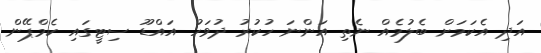
އަދި އެކަމަށް ބެލުމެއް ނެތި އަންނަ ހުކުރު ދުވަހު އައްޑޫ ސިޓީގައި ކެމްޕޭން